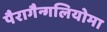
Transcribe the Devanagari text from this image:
पैरागैन्गलियोमा